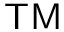
\mathsf { T M }